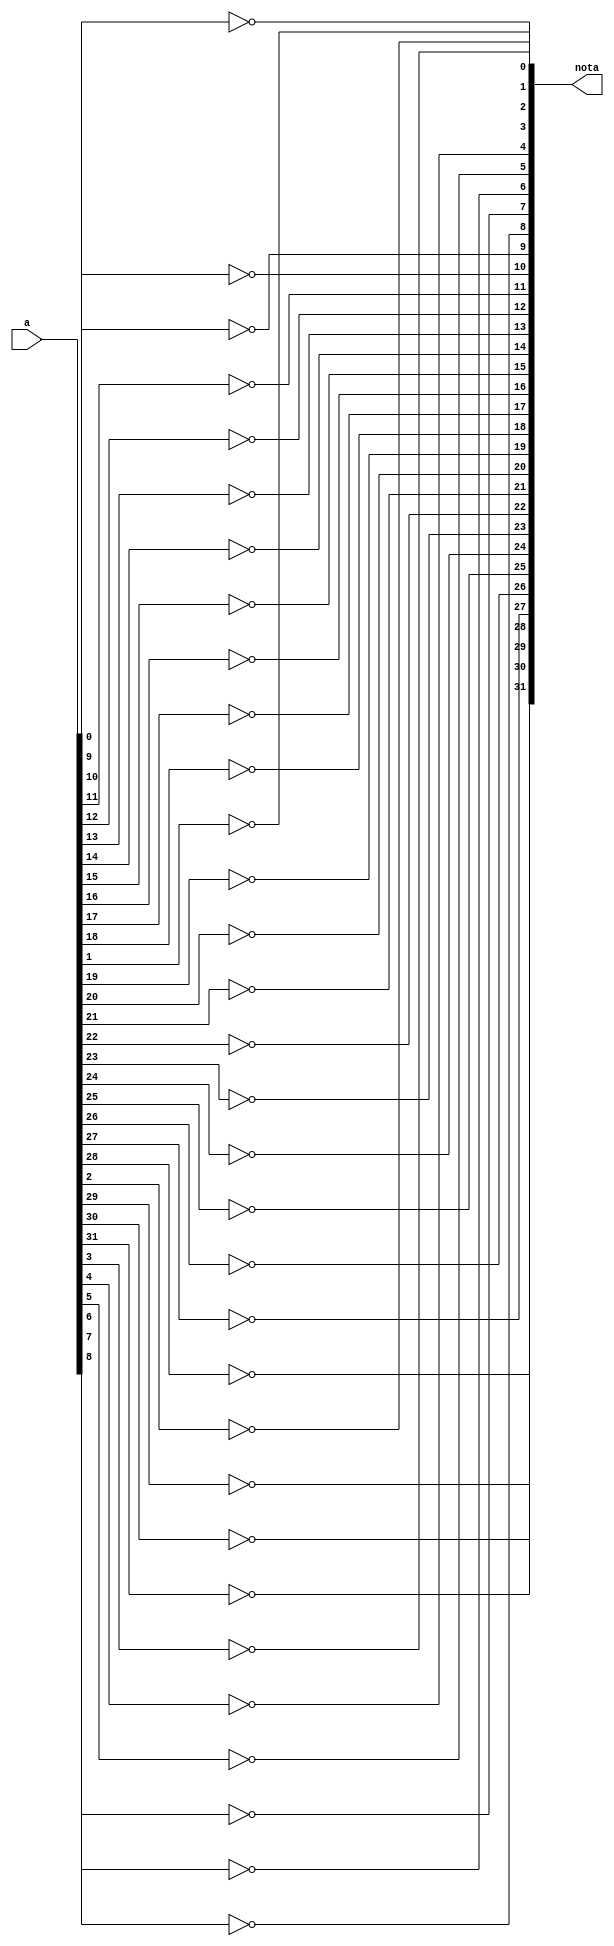
module not_32bit(a, nota);
	input [31:0] a;
	output [31:0] nota;
	
	// 32-bit not gate is to
	// combine 32 not gate
	// on each bit
	
	not not1(nota[0], a[0]);
	not not2(nota[1], a[1]);
	not not3(nota[2], a[2]);
	not not4(nota[3], a[3]);
	not not5(nota[4], a[4]);
	not not6(nota[5], a[5]);
	not not7(nota[6], a[6]);
	not not8(nota[7], a[7]);
	not not9(nota[8], a[8]);
	not not10(nota[9], a[9]);
	not not11(nota[10], a[10]);
	not not12(nota[11], a[11]);
	not not13(nota[12], a[12]);
	not not14(nota[13], a[13]);
	not not15(nota[14], a[14]);
	not not16(nota[15], a[15]);
	
	not not17(nota[16], a[16]);
	not not18(nota[17], a[17]);
	not not19(nota[18], a[18]);
	not not20(nota[19], a[19]);
	not not21(nota[20], a[20]);
	not not22(nota[21], a[21]);
	not not23(nota[22], a[22]);
	not not24(nota[23], a[23]);
	not not25(nota[24], a[24]);
	not not26(nota[25], a[25]);
	not not27(nota[26], a[26]);
	not not28(nota[27], a[27]);
	not not29(nota[28], a[28]);
	not not30(nota[29], a[29]);
	not not31(nota[30], a[30]);
	not not32(nota[31], a[31]);

endmodule